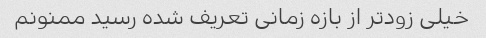
خیلی زودتر از بازه زمانی تعریف شده رسید ممنونم